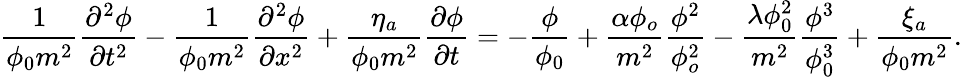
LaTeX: \frac{1}{\phi_{0}m^{2}}\frac{\partial^{2}\phi}{\partial t^{2}}-\frac{1}{\phi_{0}m^{2}}\frac{\partial^{2}\phi}{\partial x^{2}}+\frac{\eta_{a}}{\phi_{0}m^{2}}\frac{\partial\phi}{\partial t}=-\frac{\phi}{\phi_{0}}+\frac{\alpha\phi_{o}}{m^{2}}\frac{\phi^{2}}{\phi_{o}^{2}}-\frac{\lambda\phi_{0}^{2}}{m^{2}}\frac{\phi^{3}}{\phi_{0}^{3}}+\frac{\xi_{a}}{\phi_{0}m^{2}}.